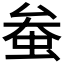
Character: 𫊲